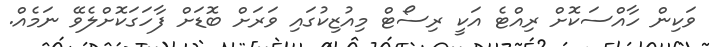
ވަކިން ހާއްސަކޮށް ރިއްޓެ އަކީ ރިސޯޓް މިއުޒިކުގައި ވަރަށް ބޮޑަށް ފާހަގަކޮށްލެވޭ ނަމެއް.